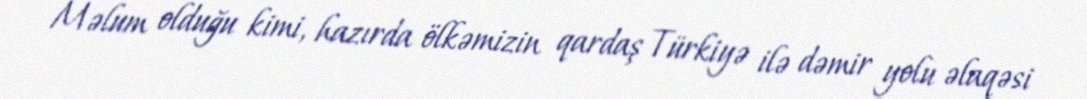
Məlum olduğu kimi, hazırda ölkəmizin qardaş Türkiyə ilə dəmir yolu əlaqəsi